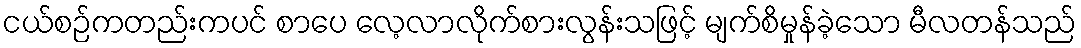
ငယ်စဉ်ကတည်းကပင် စာပေ လေ့လာလိုက်စားလွန်းသဖြင့် မျက်စိမှုန်ခဲ့သော မီလတန်သည်